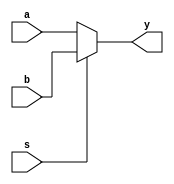
`timescale 1ns / 1ps
//////////////////////////////////////////////////////////////////////////////////
// Company: 
// Engineer: 
// 
// Design Name: 
// Module Name: mux2x1
// Project Name: 
// Target Devices: 
// Tool Versions: 
// Description: 
// 
// Dependencies: 
// 
// Revision:
// Revision 0.01 - File Created
// Additional Comments:
// 
//////////////////////////////////////////////////////////////////////////////////


module mux2x1(output y,input a,b,s);
assign y = s ? b:a;
endmodule